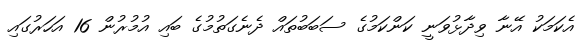
އެކަމަކު އޭނާ ވިދާޅުވަނީ ކަންކަމުގެ ސަބަބުތައް ދެނެގަތުމުގެ ބައި އުމުރުން 16 އަހަރުގައި